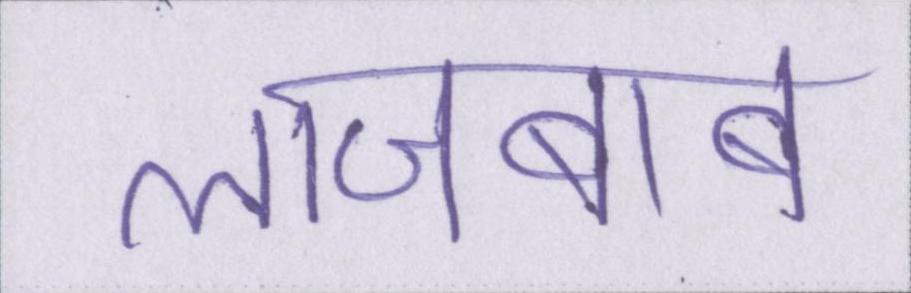
लाजबाब